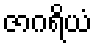
ဇာဂရိယံ